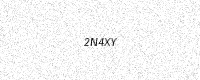
Text: 2N4XY